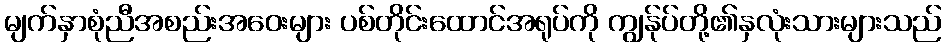
မျက်နှာစုံညီအစည်းအဝေးများ ပစ်တိုင်းထောင်အရုပ်ကို ကျွန်ုပ်တို့၏နှလုံးသားများသည်